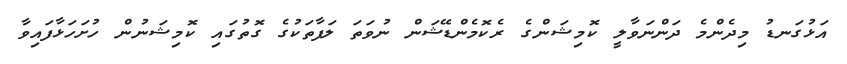
އަޅުގަނޑު މިދެންމެ ދަންނަވާލީ ކޮމިޝަންގެ ރެކޮމެންޑޭޝަން ނުވަތަ ލަފާތަކުގެ ގޮތުގައި ކޮމިޝަނުން ހުށަހަޅާފައިވާ